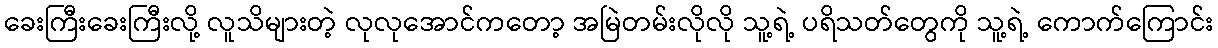
ခေးကြီးခေးကြီးလို့ လူသိများတဲ့ လုလုအောင်ကတော့ အမြဲတမ်းလိုလို သူ့ရဲ့ ပရိသတ်တွေကို သူ့ရဲ့ ကောက်ကြောင်း